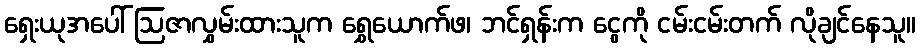
ရှေးယုအပေါ် ဩဇာလွှမ်းထားသူက ရွှေယောက်ဖ၊ ဘင်ရှန်းက ငွေကို ငမ်းငမ်းတက် လိုချင်နေသူ။